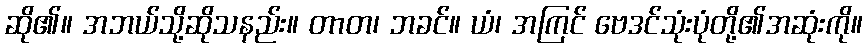
ဆို၏။ အဘယ်သို့ဆိုသနည်း။ တာတ၊ ဘခင်။ ယံ၊ အကြင် ဗေဒင်သုံးပုံတို့၏အဆုံးကို။